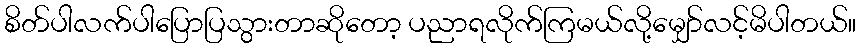
စိတ်ပါလက်ပါပြောပြသွားတာဆိုတော့ ပညာရလိုက်ကြမယ်လို့မျှော်လင့်မိပါတယ်။